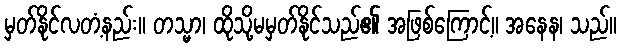
မှတ်နိုင်လတံ့နည်း။ တသ္မာ၊ ထိုသို့မမှတ်နိုင်သည်၏ အဖြစ်ကြောင့်။ အနေန၊ သည်။